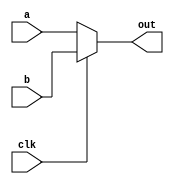
module first (
    a, b, out, clk
);
    input  a, b, clk;
    output out;
    reg out;
    always @(a or b or clk)
        if( clk == 0 ) 
            out = a;
        else 
            out = b;
            
endmodule //first